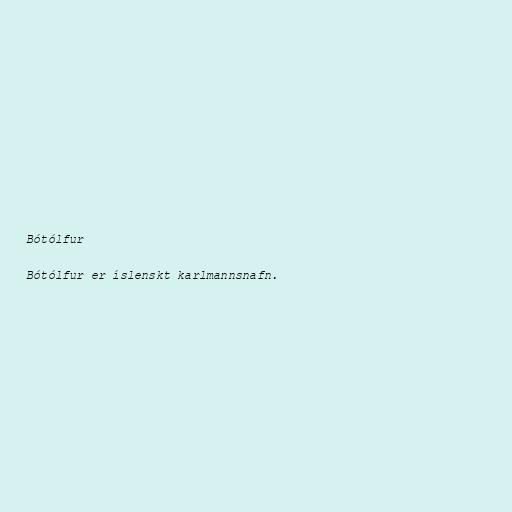
Bótólfur

Bótólfur er íslenskt karlmannsnafn.